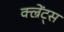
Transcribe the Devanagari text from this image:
क्ल्रेंट्स